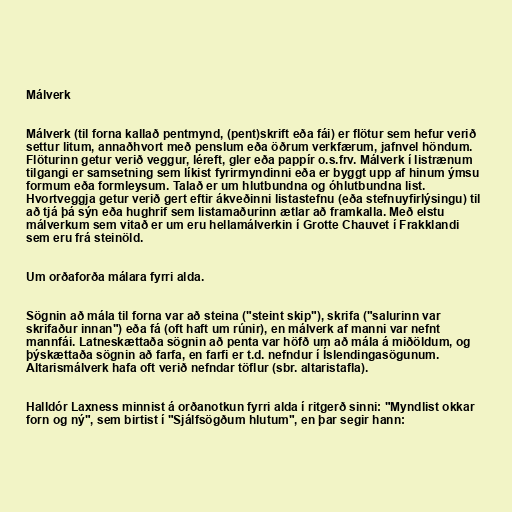
Málverk

Málverk (til forna kallað pentmynd, (pent)skrift eða fái) er flötur sem hefur verið
settur litum, annaðhvort með penslum eða öðrum verkfærum, jafnvel höndum.
Flöturinn getur verið veggur, léreft, gler eða pappír o.s.frv. Málverk í listrænum
tilgangi er samsetning sem líkist fyrirmyndinni eða er byggt upp af hinum ýmsu
formum eða formleysum. Talað er um hlutbundna og óhlutbundna list.
Hvortveggja getur verið gert eftir ákveðinni listastefnu (eða stefnuyfirlýsingu) til
að tjá þá sýn eða hughrif sem listamaðurinn ætlar að framkalla. Með elstu
málverkum sem vitað er um eru hellamálverkin í Grotte Chauvet í Frakklandi
sem eru frá steinöld.

Um orðaforða málara fyrri alda.

Sögnin að mála til forna var að steina ("steint skip"), skrifa ("salurinn var
skrifaður innan") eða fá (oft haft um rúnir), en málverk af manni var nefnt
mannfái. Latneskættaða sögnin að penta var höfð um að mála á miðöldum, og
þýskættaða sögnin að farfa, en farfi er t.d. nefndur í Íslendingasögunum.
Altarismálverk hafa oft verið nefndar töflur (sbr. altaristafla).

Halldór Laxness minnist á orðanotkun fyrri alda í ritgerð sinni: "Myndlist okkar
forn og ný", sem birtist í "Sjálfsögðum hlutum", en þar segir hann: